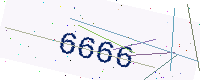
Text: 6666